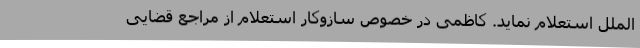
الملل استعلام نماید. کاظمی در خصوص سازوکار استعلام از مراجع قضایی